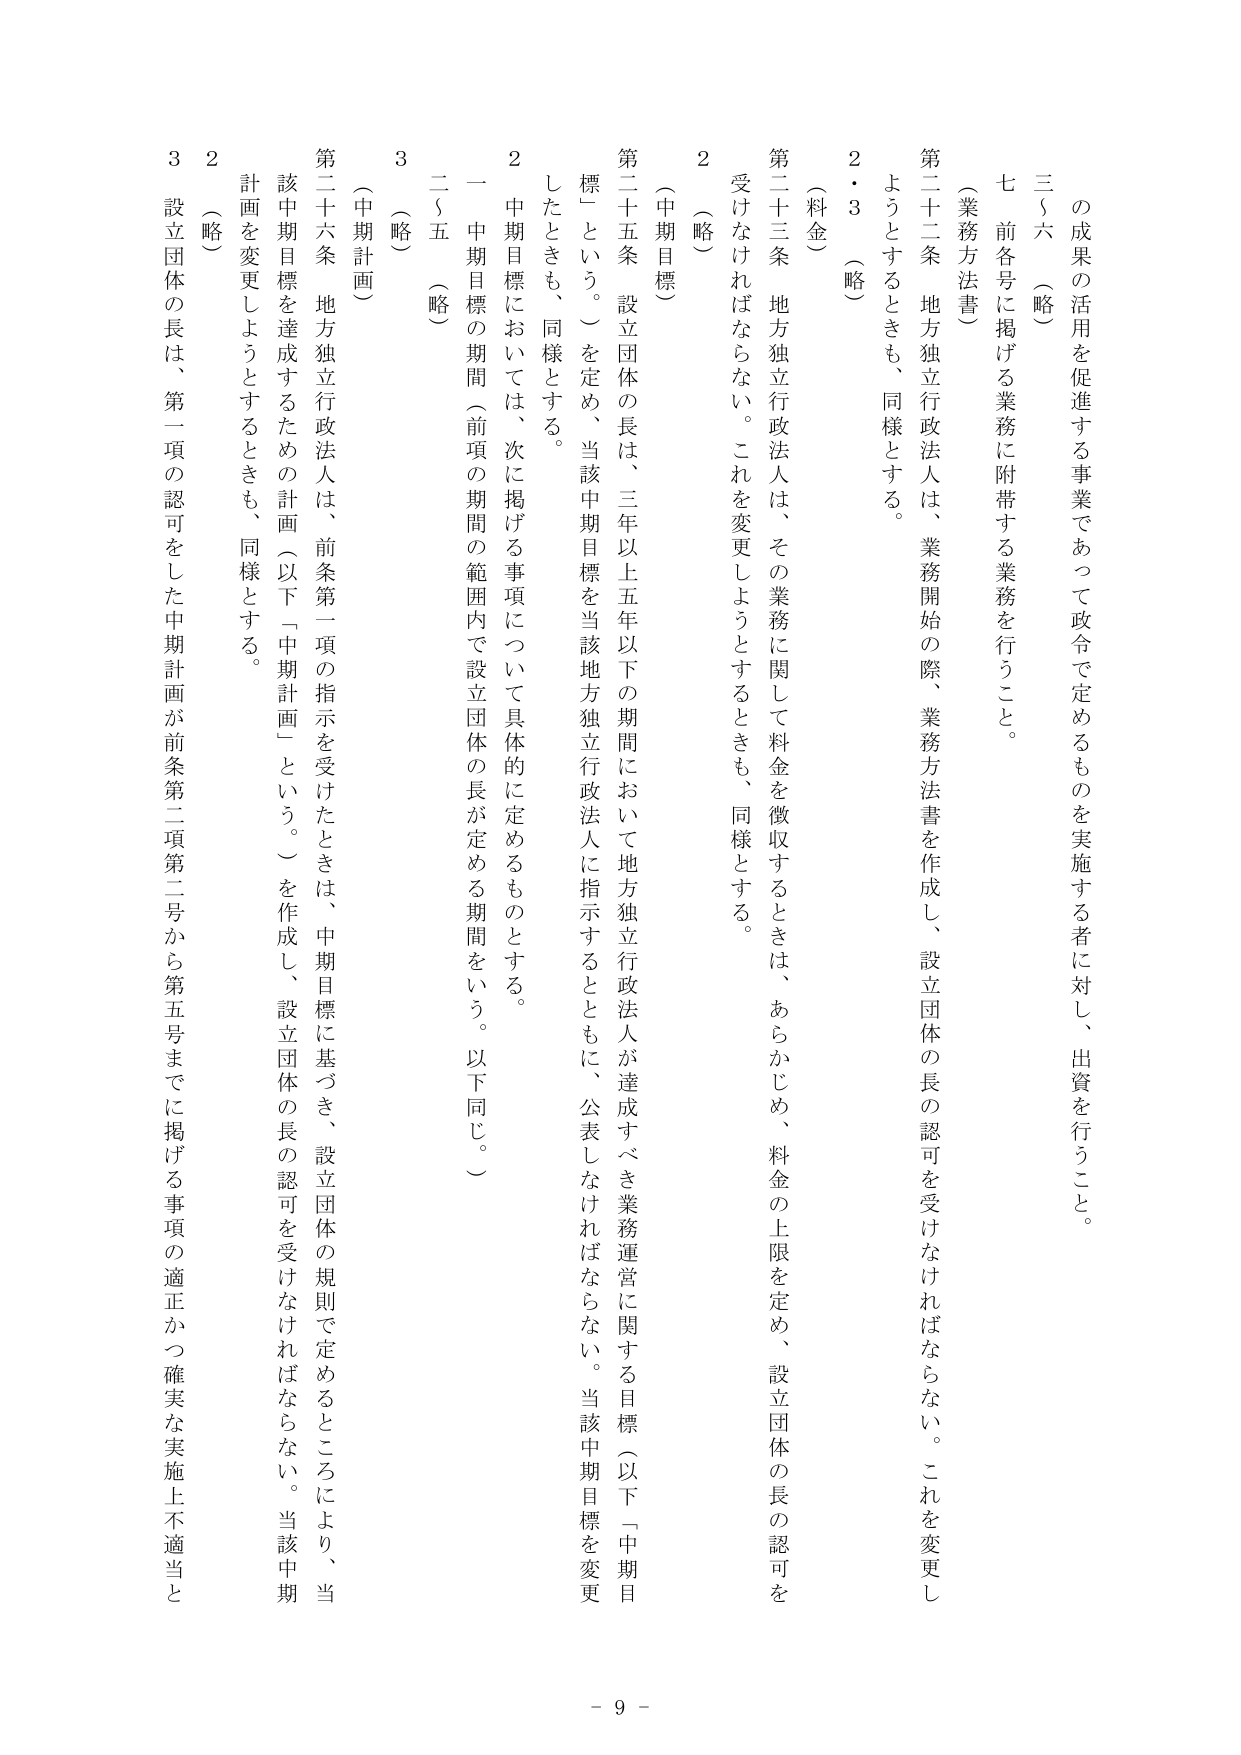
の成果の活用を促進する事業であって政令で定めるものを実施する者に対し、出資を行うこと。

三～六 （略）

七 前各号に掲げる業務に附帯する業務を行うこと。

（業務方法書）

第二十二条 地方独立行政法人は、業務開始の際、業務方法書を作成し、設立団体の長の認可を受けなければならない。これを変更しようとするときも、同様とする。

２・３ （略）

（料金）

第二十三条 地方独立行政法人は、その業務に関して料金を徴収するときは、あらかじめ、料金の上限を定め、設立団体の長の認可を受けなければならない。これを変更しようとするときも、同様とする。

２ （略）

（中期目標）

第二十五条 設立団体の長は、三年以上五年以下の期間において地方独立行政法人が達成すべき業務運営に関する目標（以下「中期目標」という。）を定め、当該中期目標を当該地方独立行政法人に指示するとともに、公表しなければならない。当該中期目標を変更したときも、同様とする。

２ 中期目標においては、次に掲げる事項について具体的に定めるものとする。

一 中期目標の期間（前項の期間の範囲内で設立団体の長が定める期間をいう。以下同じ。）

二～五 （略）

３ （略）

（中期計画）

第二十六条 地方独立行政法人は、前条第一項の指示を受けたときは、中期目標に基づき、設立団体の規則で定めるところにより、当該中期目標を達成するための計画（以下「中期計画」という。）を作成し、設立団体の長の認可を受けなければならない。当該中期計画を変更しようとするときも、同様とする。

２ （略）

３ 設立団体の長は、第一項の認可をした中期計画が前条第二項第二号から第五号までに掲げる事項の適正かつ確実な実施上不適当と

- 9 -